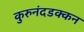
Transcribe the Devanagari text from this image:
कुरुनंदडक्कन